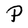
Character: P